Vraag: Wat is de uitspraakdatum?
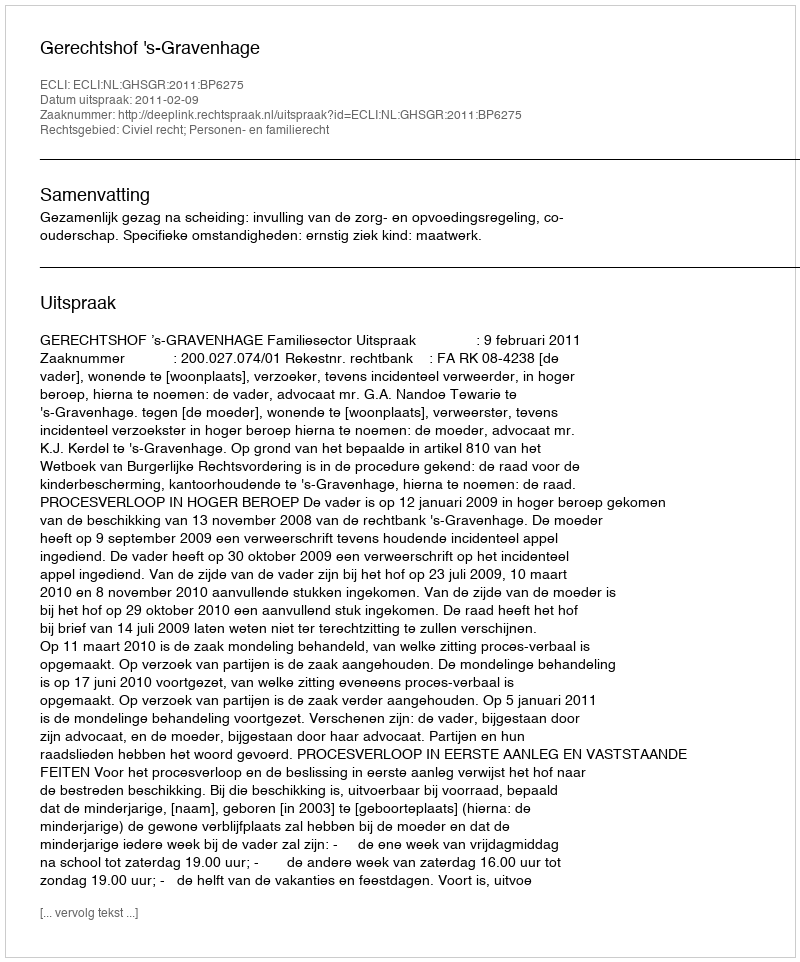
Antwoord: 2011-02-09